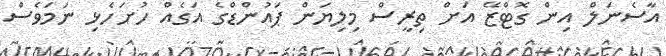
އާސެނަލް އިން ގޮޓްޒޭ އަށް ތިރީސް މިލިޔަން ޕައުންޑްގެ އަގެއް ހުށަހެޅި ނަމަވެސް